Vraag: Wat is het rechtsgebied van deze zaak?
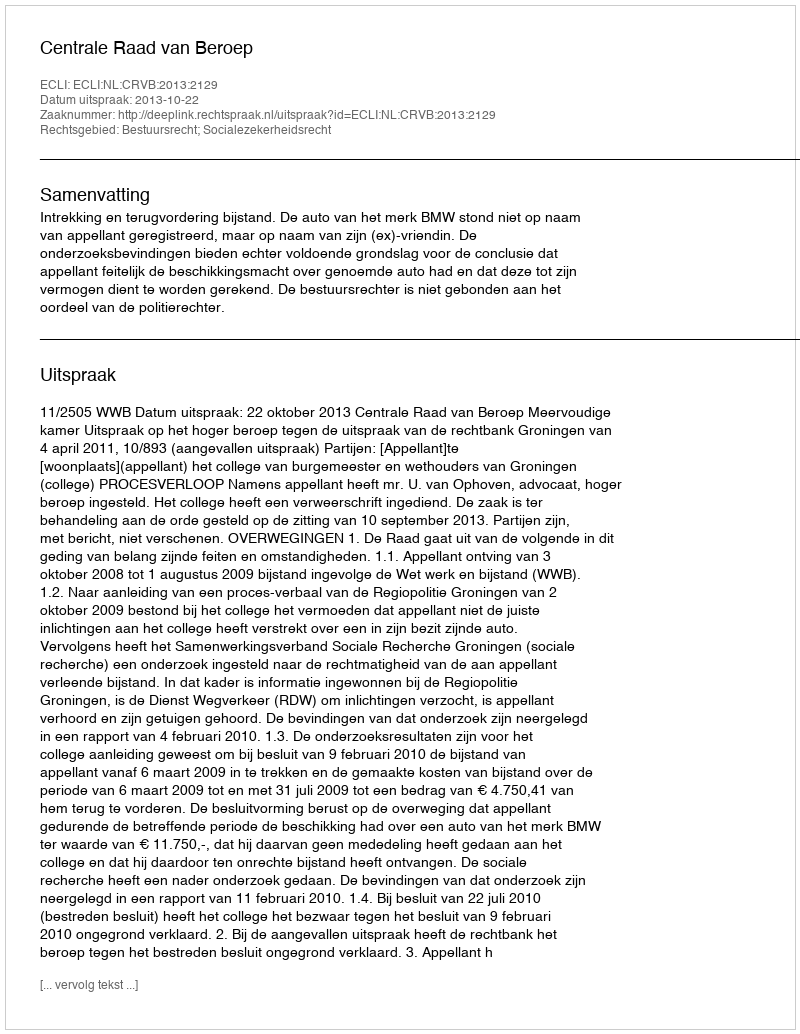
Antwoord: Bestuursrecht; Socialezekerheidsrecht